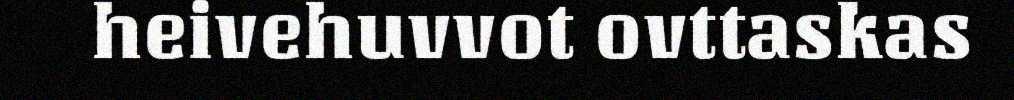
heivehuvvot ovttaskas